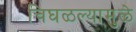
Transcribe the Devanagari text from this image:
चिघळल्यामुळे